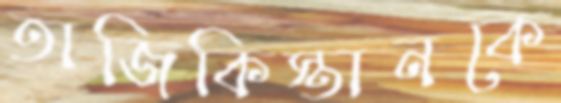
তাজিকিস্তানকে